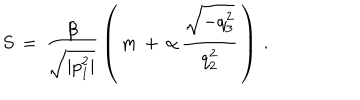
LaTeX: S \, = \, \frac { \beta } { \sqrt { | p _ { 1 } ^ { 2 } | } } \, \left( \, m \, + \, \alpha \, \frac { \sqrt { - q _ { 3 } ^ { 2 } } } { q _ { 2 } ^ { 2 } } \, \right) \, { . }